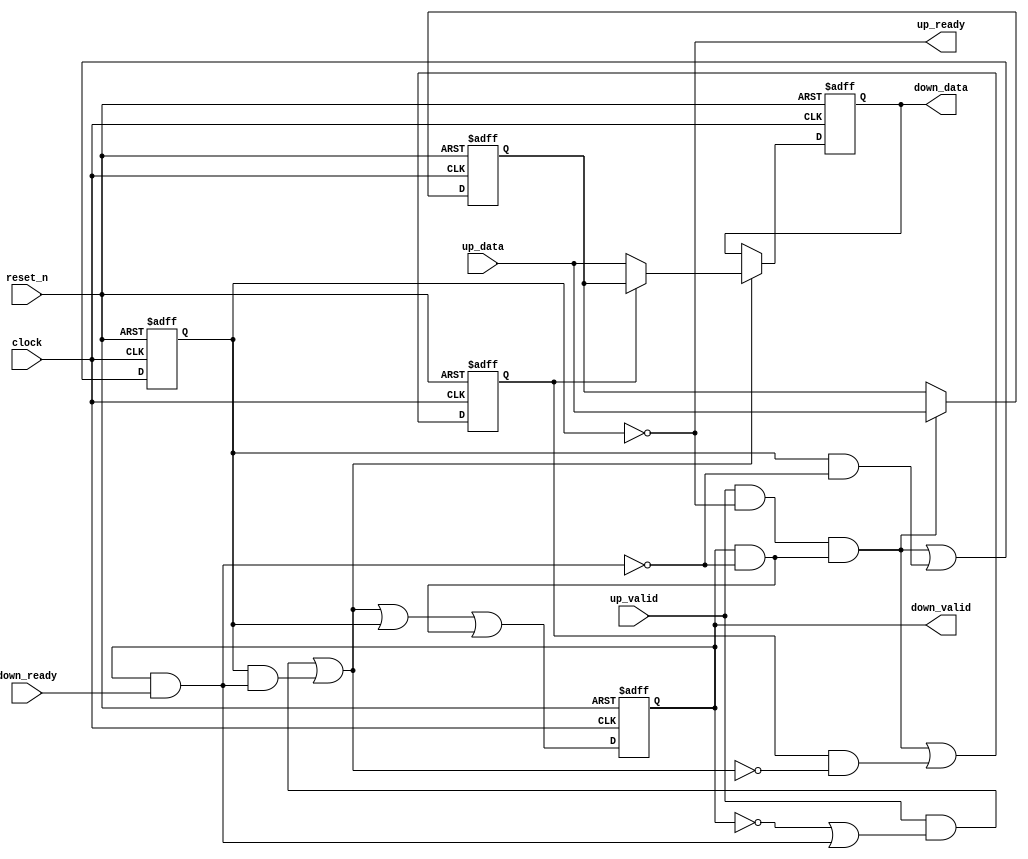
module pipeline_stomach
# (
    parameter width = 8
)
(
    input                    clock,
    input                    reset_n,

    input      [width - 1:0] up_data,
    input                    up_valid,
    output                   up_ready,

    output     [width - 1:0] down_data,
    output                   down_valid,
    input                    down_ready
);

    wire stomach_load, dataout_load, dataout_unload;
    reg  mux_select;

    wire [width - 1:0] data_in;
    reg  [width - 1:0] stomach_out, mux_out, data_out;

    reg data_in_dataout, data_in_stomach;

    assign data_in = up_data;

    assign down_valid = data_in_dataout;

    assign dataout_unload = down_valid & down_ready;

    assign dataout_load =
           (up_valid & (! data_in_dataout | dataout_unload))
         | (data_in_stomach & dataout_unload);

    assign stomach_load =
            up_valid
        & ! data_in_stomach
        &   (data_in_dataout & ! dataout_unload);

    assign up_ready = ! data_in_stomach;

    always @ (posedge clock or negedge reset_n)
        if (! reset_n)
        begin
            data_in_stomach <= 1'b0;
            data_in_dataout <= 1'b0;
        end
        else
        begin
            data_in_stomach <=    stomach_load
                               | (data_in_stomach & ! dataout_unload);

            data_in_dataout <=    dataout_load
                               |  data_in_stomach
                               | (data_in_dataout & ! dataout_unload);
        end

    always @ (posedge clock or negedge reset_n)
        if (! reset_n)
            mux_select <= 1'b0;
        else
            mux_select <= stomach_load | (mux_select & ! dataout_load);

    always @ (posedge clock or negedge reset_n)
        if (! reset_n)
            stomach_out <= { width { 1'b0 } };
        else if (stomach_load)
            stomach_out <= data_in;
    
    always @*
        mux_out = mux_select ? stomach_out : data_in;

    always @ (posedge clock or negedge reset_n)
        if (! reset_n)
            data_out <= { width { 1'b0 } };
        else if (dataout_load)
            data_out <= mux_out;

    assign down_data = data_out;

endmodule